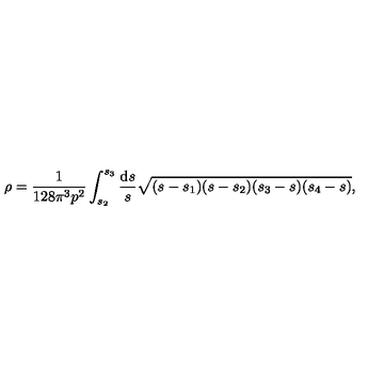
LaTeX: \rho = \frac { 1 } { 1 2 8 \pi ^ { 3 } p ^ { 2 } } \int _ { s _ { 2 } } ^ { s _ { 3 } } \frac { \mathrm { d } s } { s } \sqrt { ( s - s _ { 1 } ) ( s - s _ { 2 } ) ( s _ { 3 } - s ) ( s _ { 4 } - s ) } ,